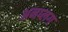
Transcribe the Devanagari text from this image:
अनप्लग